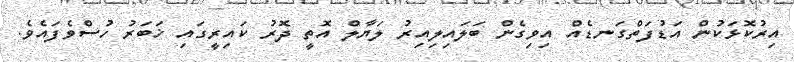
އިރުކޮޅަކުން އަޑުފަތްގަނޑެއް އިވިގެން ބަލައިލިއިރު ލަޔާލް އޮތީ ދޮރު ކައިރީގައި ޚަބަރު ހުސްވެފައެވެ.